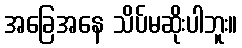
အခြေအနေ သိပ်မဆိုးပါဘူး။